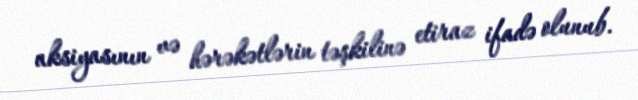
aksiyasının və hərəkətlərin təşkilinə etiraz ifadə olunub.